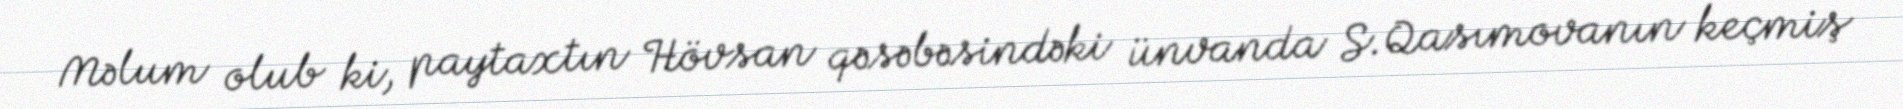
Məlum olub ki, paytaxtın Hövsan qəsəbəsindəki ünvanda S.Qasımovanın keçmiş